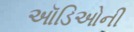
ઑડિઓની